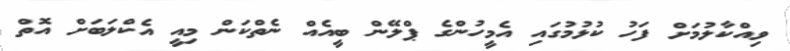
ވިއްކާލުމަށް ފަހު ކުޅުމުގައި އެމީހުންގެ ޕްލޭން ބީއެއް ނެތްކަން މިއީ އެކްލަބަށް އޮތް